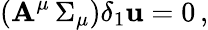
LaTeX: \left({\cal\mathbf{A}}^{\mu}\, \Sigma_{\mu}\right)\delta_{1}{\mathbf{u}}=0\, ,